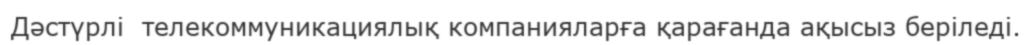
Дәстүрлі  телекоммуникациялық компанияларға қарағанда ақысыз беріледі.